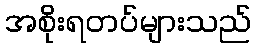
အစိုးရတပ်များသည်